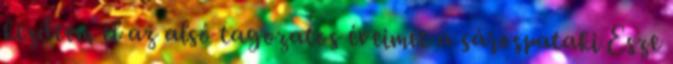
kezdtem el az alsó tagozatos éveimet a sárospataki Esze